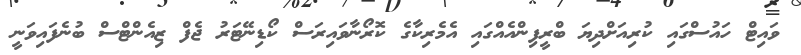
ވައިޓް ހައުސްގައި ކުރިއަށްދިޔަ ބްރީފިންއެއްގައި އެމެރިކާގެ ކޮރޯނާވައިރަސް ކޯޑިނޭޓަރު ޖެފް ޒިއެންޓްސް ބުނެފައިވަނީ